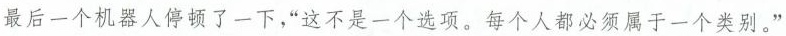
最后一个机器人停顿了一下，“这不是一个选项。每个人都必须属于一个类别。”